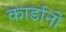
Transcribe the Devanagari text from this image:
कार्डानो